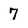
Character: 7